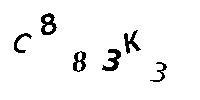
C883K3